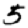
Digit: 5